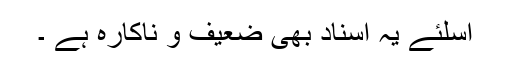
اسلئے یہ اسناد بھی ضعیف و ناکارہ ہے ۔